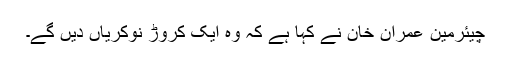
چیئرمین عمران خان نے کہا ہے کہ وہ ایک کروڑ نوکریاں دیں گے۔